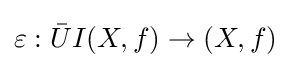
\varepsilon :{\bar {U}}I(X,f)\to (X,f)